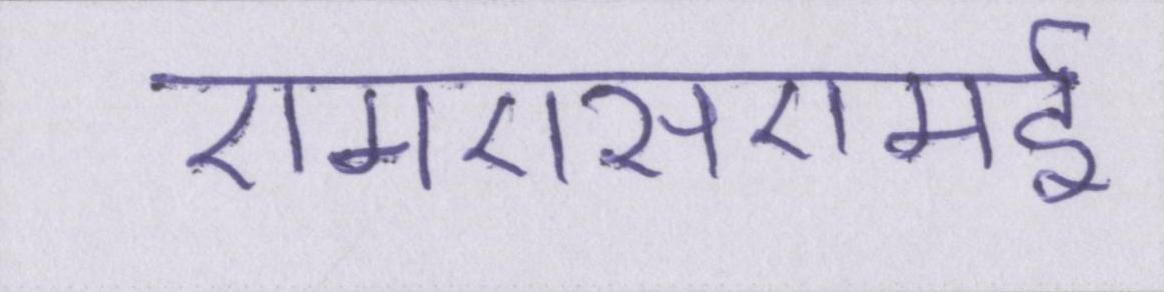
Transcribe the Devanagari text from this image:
एमएसएमई